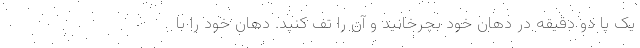
یک یا دو دقیقه در دهان خود بچرخانید و آن را تف کنید. دهان خود را با